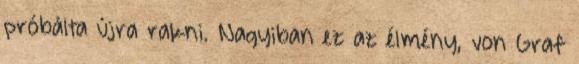
próbálta újra rakni. Nagyiban ez az élmény, von Graf